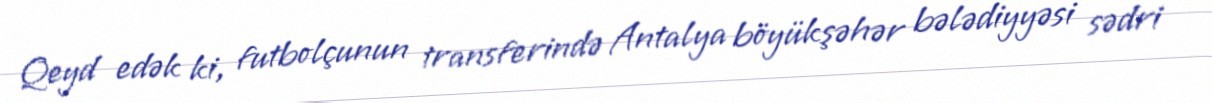
Qeyd edək ki, futbolçunun transferində Antalya böyükşəhər bələdiyyəsi sədri